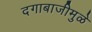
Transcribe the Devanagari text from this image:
दगाबाजीमुळे